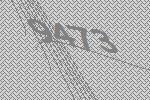
9473